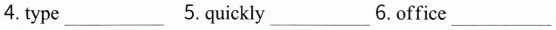
4.type___5.Quickly___6.Office ___